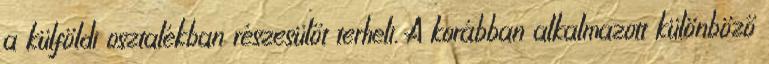
a külföldi osztalékban részesülőt terheli. A korábban alkalmazott különböző